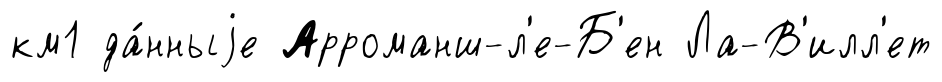
км1 да́нныjе Арроманш-л'е-Б'ен Ла-В'илл'ет